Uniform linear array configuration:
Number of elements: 48
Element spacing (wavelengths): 0.25
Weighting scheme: uniform
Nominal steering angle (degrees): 60
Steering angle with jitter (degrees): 60.902
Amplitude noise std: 0.05
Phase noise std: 0.05

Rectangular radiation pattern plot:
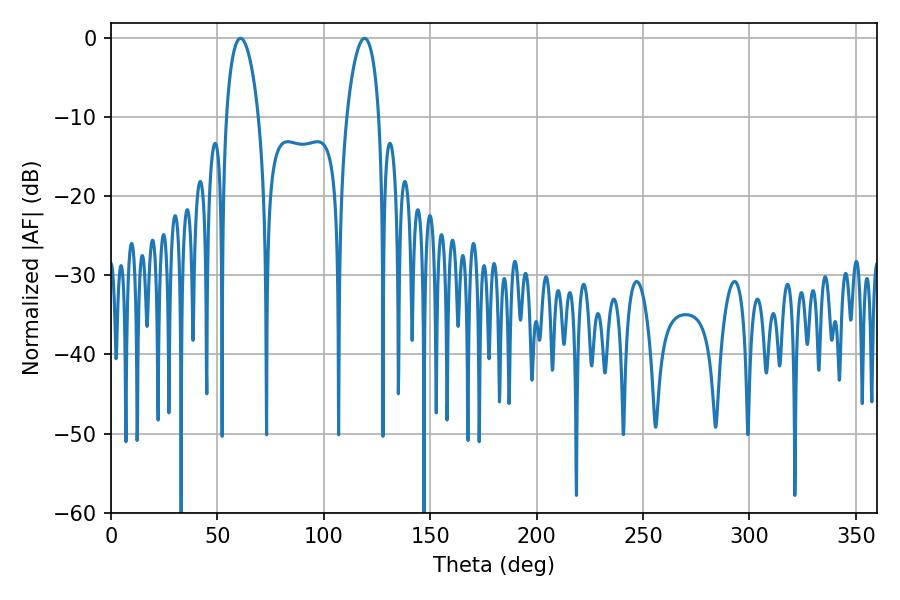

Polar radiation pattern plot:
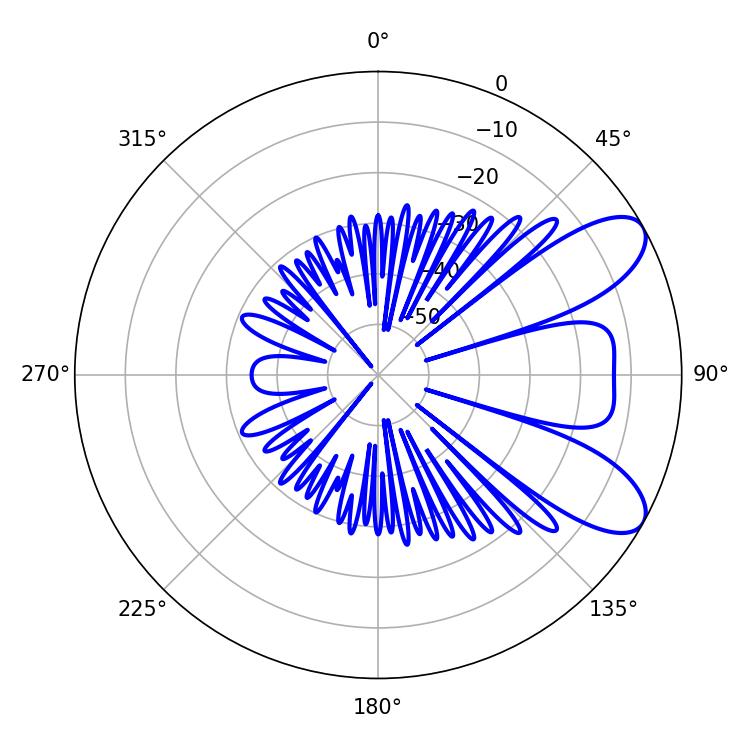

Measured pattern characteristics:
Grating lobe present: FALSE
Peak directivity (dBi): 8.186
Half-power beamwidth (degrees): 8.64
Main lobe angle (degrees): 60.84